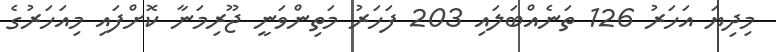
މިދިޔަ އަހަރު 126 ތަނެއްބަލައި 203 ފަހަރު މަތިންވަނީ ޖޫރިމަނާ ކޮށްފައި މިއަހަރުގެ